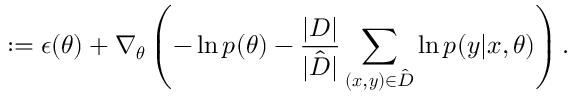
: = \boldsymbol { \epsilon } ( \boldsymbol { \theta } ) + \nabla _ { \boldsymbol { \theta } } \left( - \ln { p ( \boldsymbol { \theta } ) } - \frac { | D | } { | \hat { D } | } \sum _ { ( \boldsymbol { x } , \boldsymbol { y } ) \in \hat { D } } \ln { p ( \boldsymbol { y } | \boldsymbol { x } , \boldsymbol { \theta } ) } \right) .